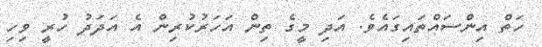
ހަތް އިންސައްތައިގައެވެ. އަދި މީގެ ތިން އަހަރުކުރިން އެ އަދަދު ހުރީ ވިހި